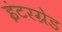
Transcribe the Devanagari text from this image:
इंटरग्रेड